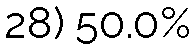
28) 50.0%